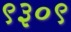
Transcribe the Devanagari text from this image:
९३०९